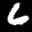
Digit: 7